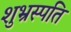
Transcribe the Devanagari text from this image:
शुभ्रस्पति